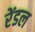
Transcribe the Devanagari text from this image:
रेंडल